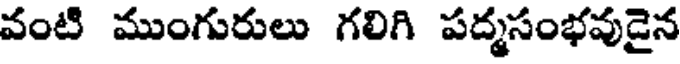
వంటి ముంగురులు గలిగి పద్మసంభవుడైన